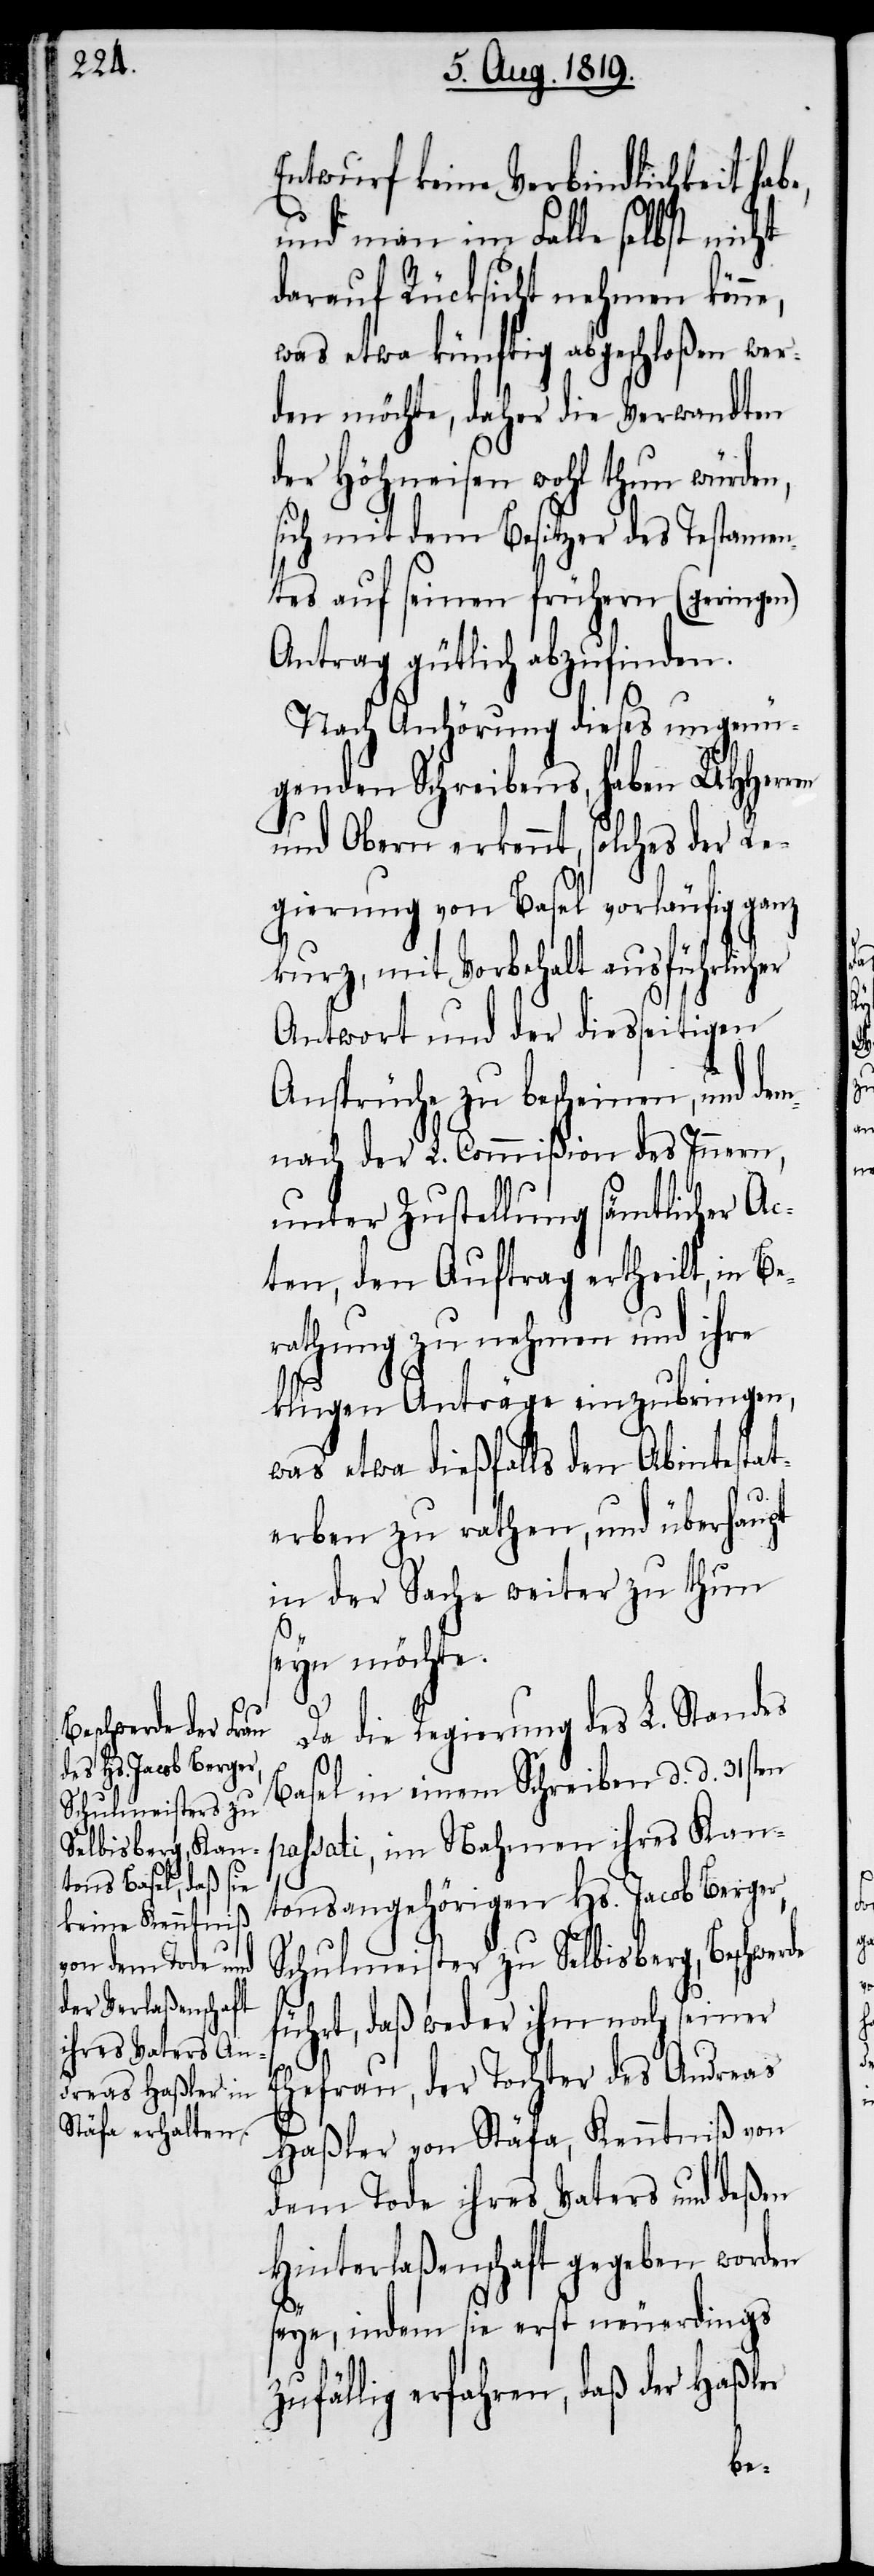
Entwurf keine Verbindlichkeit hab¬
und man im Falle selbst nicht
darauf Rücksicht nehmen könne,
was etwa künftig abgeschloßen wer¬
den möchte, daher die Verwandten
der Höhneisen wohl thun würden,
sich mit dem Besitzer des Testamen¬
tes auf seinen frühern (geringen)
Antrag gütlich abzufinden.
Nach Anhörung dieses ungenü¬
genden Schreibens, haben UHHerren
und Obern erkennt, solches der Re¬
gierung von Basel vorläufig ganz
kurz, mit Vorbehalt ausführlicher
Antwort und der diesseitigen
Ansprüche zu bescheinen, und de¬
mnach der L. Commißion des Innern,
unter Zustellung sämtlicher Ac¬
ten, den Auftrag ertheilt, in Be¬
rathung zu nehmen und ihre
klugen Anträge einzubringen,
was etwa dießfalls den Abintestat¬
de
erben zu rathen, und überhaupt
in der Sache weiter zu thun
seyn möchte.
Da die Regierung des L. Standes
Basel in einem Schreiben d. d. 31sten
passati, im Nahmen ihres Kan¬
tonsangehörigen Hs. Jacob Berger,
Schulmeister zu Selbisberg, Beschwer¬
führt, daß weder ihm noch seiner
Ehefrau, der Tochter des Andreas
Haßler von Stäfa, Kenntniß von
dem Tode ihres Vaters und deßen
Hinterlaßenschaft gegeben worden
seye, indem sie erst neuerdings
zufällig erfahren, daß der Haßler